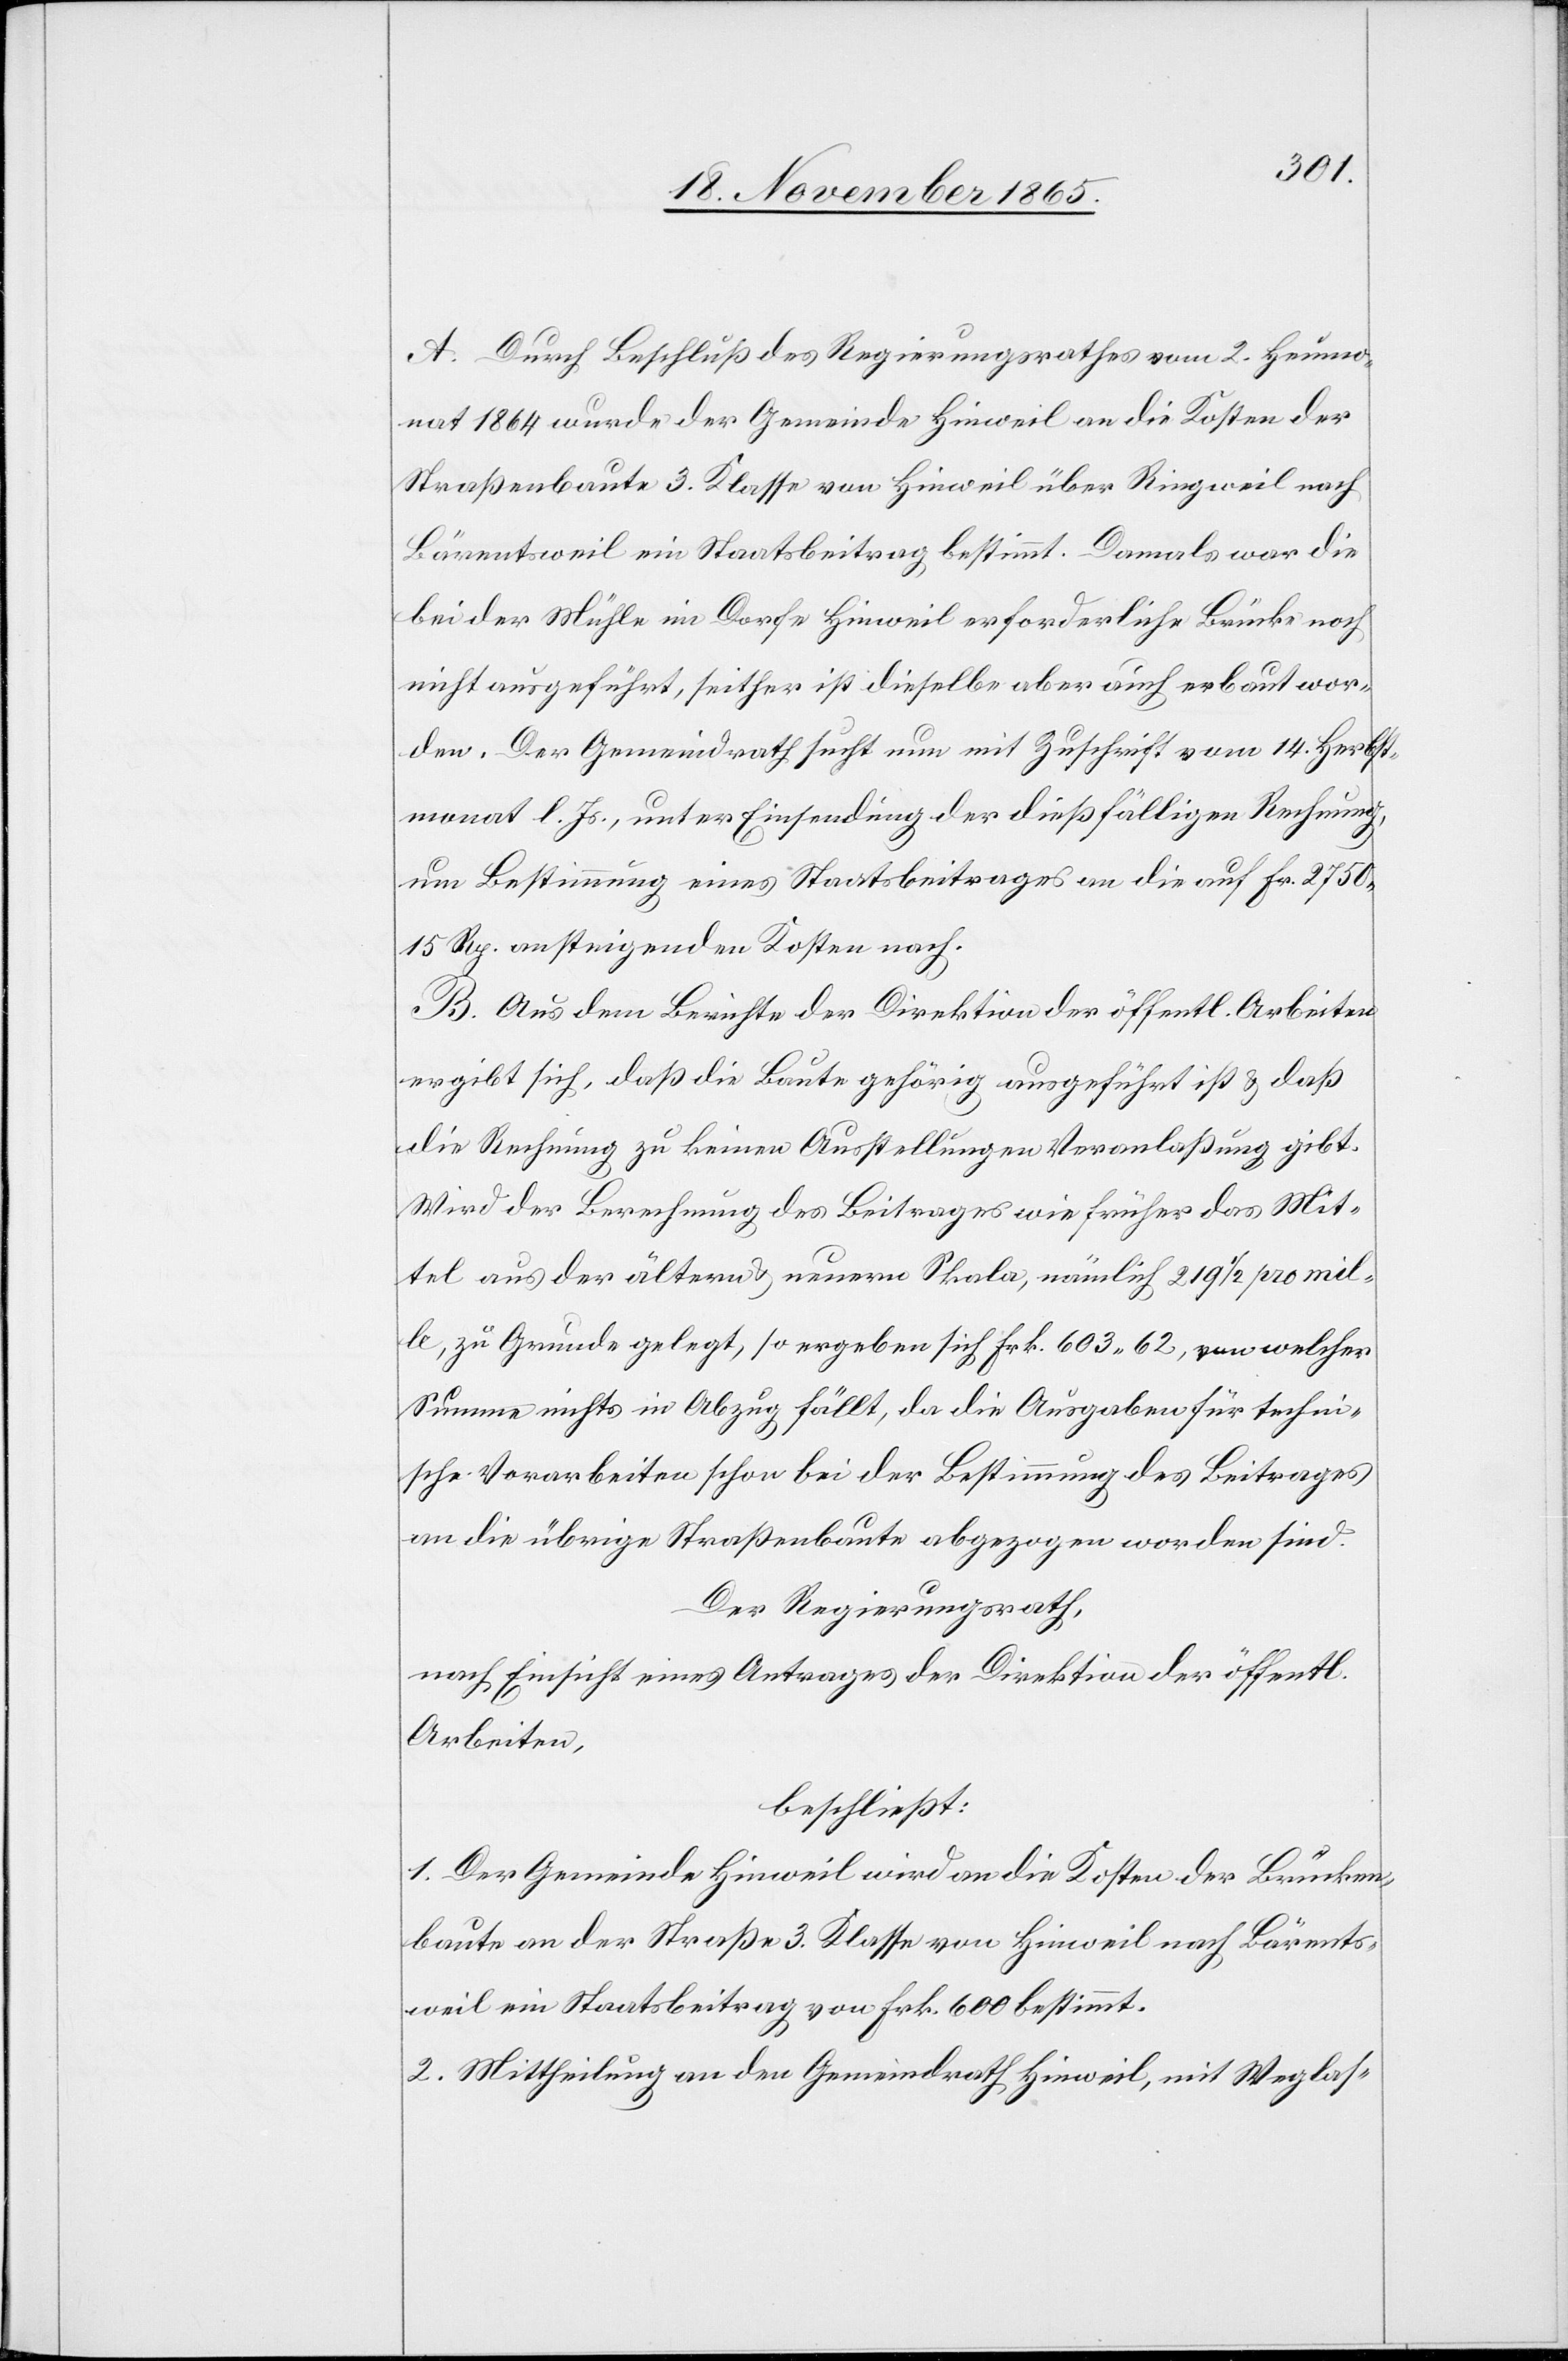
A. Durch Beschluß des Regierungsrathes vom 2. Heumo¬
nat 1864 wurde der Gemeinde Hinweil an die Kosten der
Straßenbaute 3. Klasse von Hinweil über Ringweil nach
Bärentsweil ein Staatsbeitrag bestimmt. Damals war die
bei der Mühle im Dorfe Hinweil erforderliche Brücke noch
nicht ausgeführt, seither ist dieselbe aber auch erbaut wor¬
den. Der Gemeindrath sucht nun mit Zuschrift vom 14. Herbst¬
monat l. Js., unter Einsendung der dießfälligen Rechnung,
um Bestimmung eines Staatsbeitrages an die auf Fr. 2750
15 Rp. ansteigenden Kosten nach.
B. Aus dem Berichte der Direktion der öffentl. Arbeiten
ergibt sich, daß die Baute gehörig ausgeführt ist & daß
die Rechnung zu keinen Ausstellungen Veranlaßung gibt.
Wird der Berechnung des Beitrages wie früher das Mit¬
tel aus der ältern und neuern Skala, nämlich 219 1/2 pro mill¬
e, zu Grunde gelegt, so ergibt sich Frk. 603.62, von welcher
Summe nichts in Abzug fällt, da die Ausgaben für techni¬
sche Vorarbeiten schon bei der Bestimmung des Beitrages
an die übrige Straßenbaute abgezogen worden sind.
Der Regierungsrath,
nach Einsicht eines Antrages der Direktion der öffentl.
Arbeiten,
beschließt:
1. Der Gemeinde Hinweil wird an die Kosten der Brücken¬
baute an der Straße 3. Klasse von Hinweil nach Bärents¬
weil ein Staatsbeitrag von Frk. 600 bestimmt.
2. Mittheilung an den Gemeindrath Hinweil, mit Weglas-